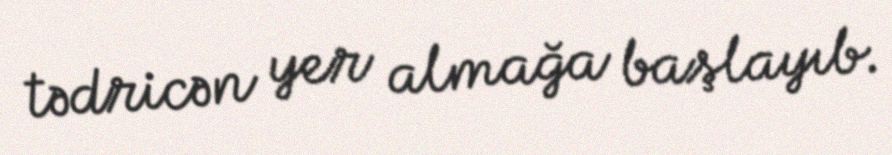
tədricən yer almağa başlayıb.